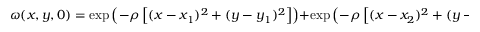
\omega ( x , y , 0 ) = \exp \left( - \rho \left[ ( x - x _ { 1 } ) ^ { 2 } + ( y - y _ { 1 } ) ^ { 2 } \right] \right) + \exp { \left( - \rho \left[ ( x - x _ { 2 } ) ^ { 2 } + ( y - y _ { 2 } ) ^ { 2 } \right] \right) } ,